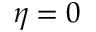
\eta = 0